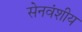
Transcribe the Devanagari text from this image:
सेनवंशीय